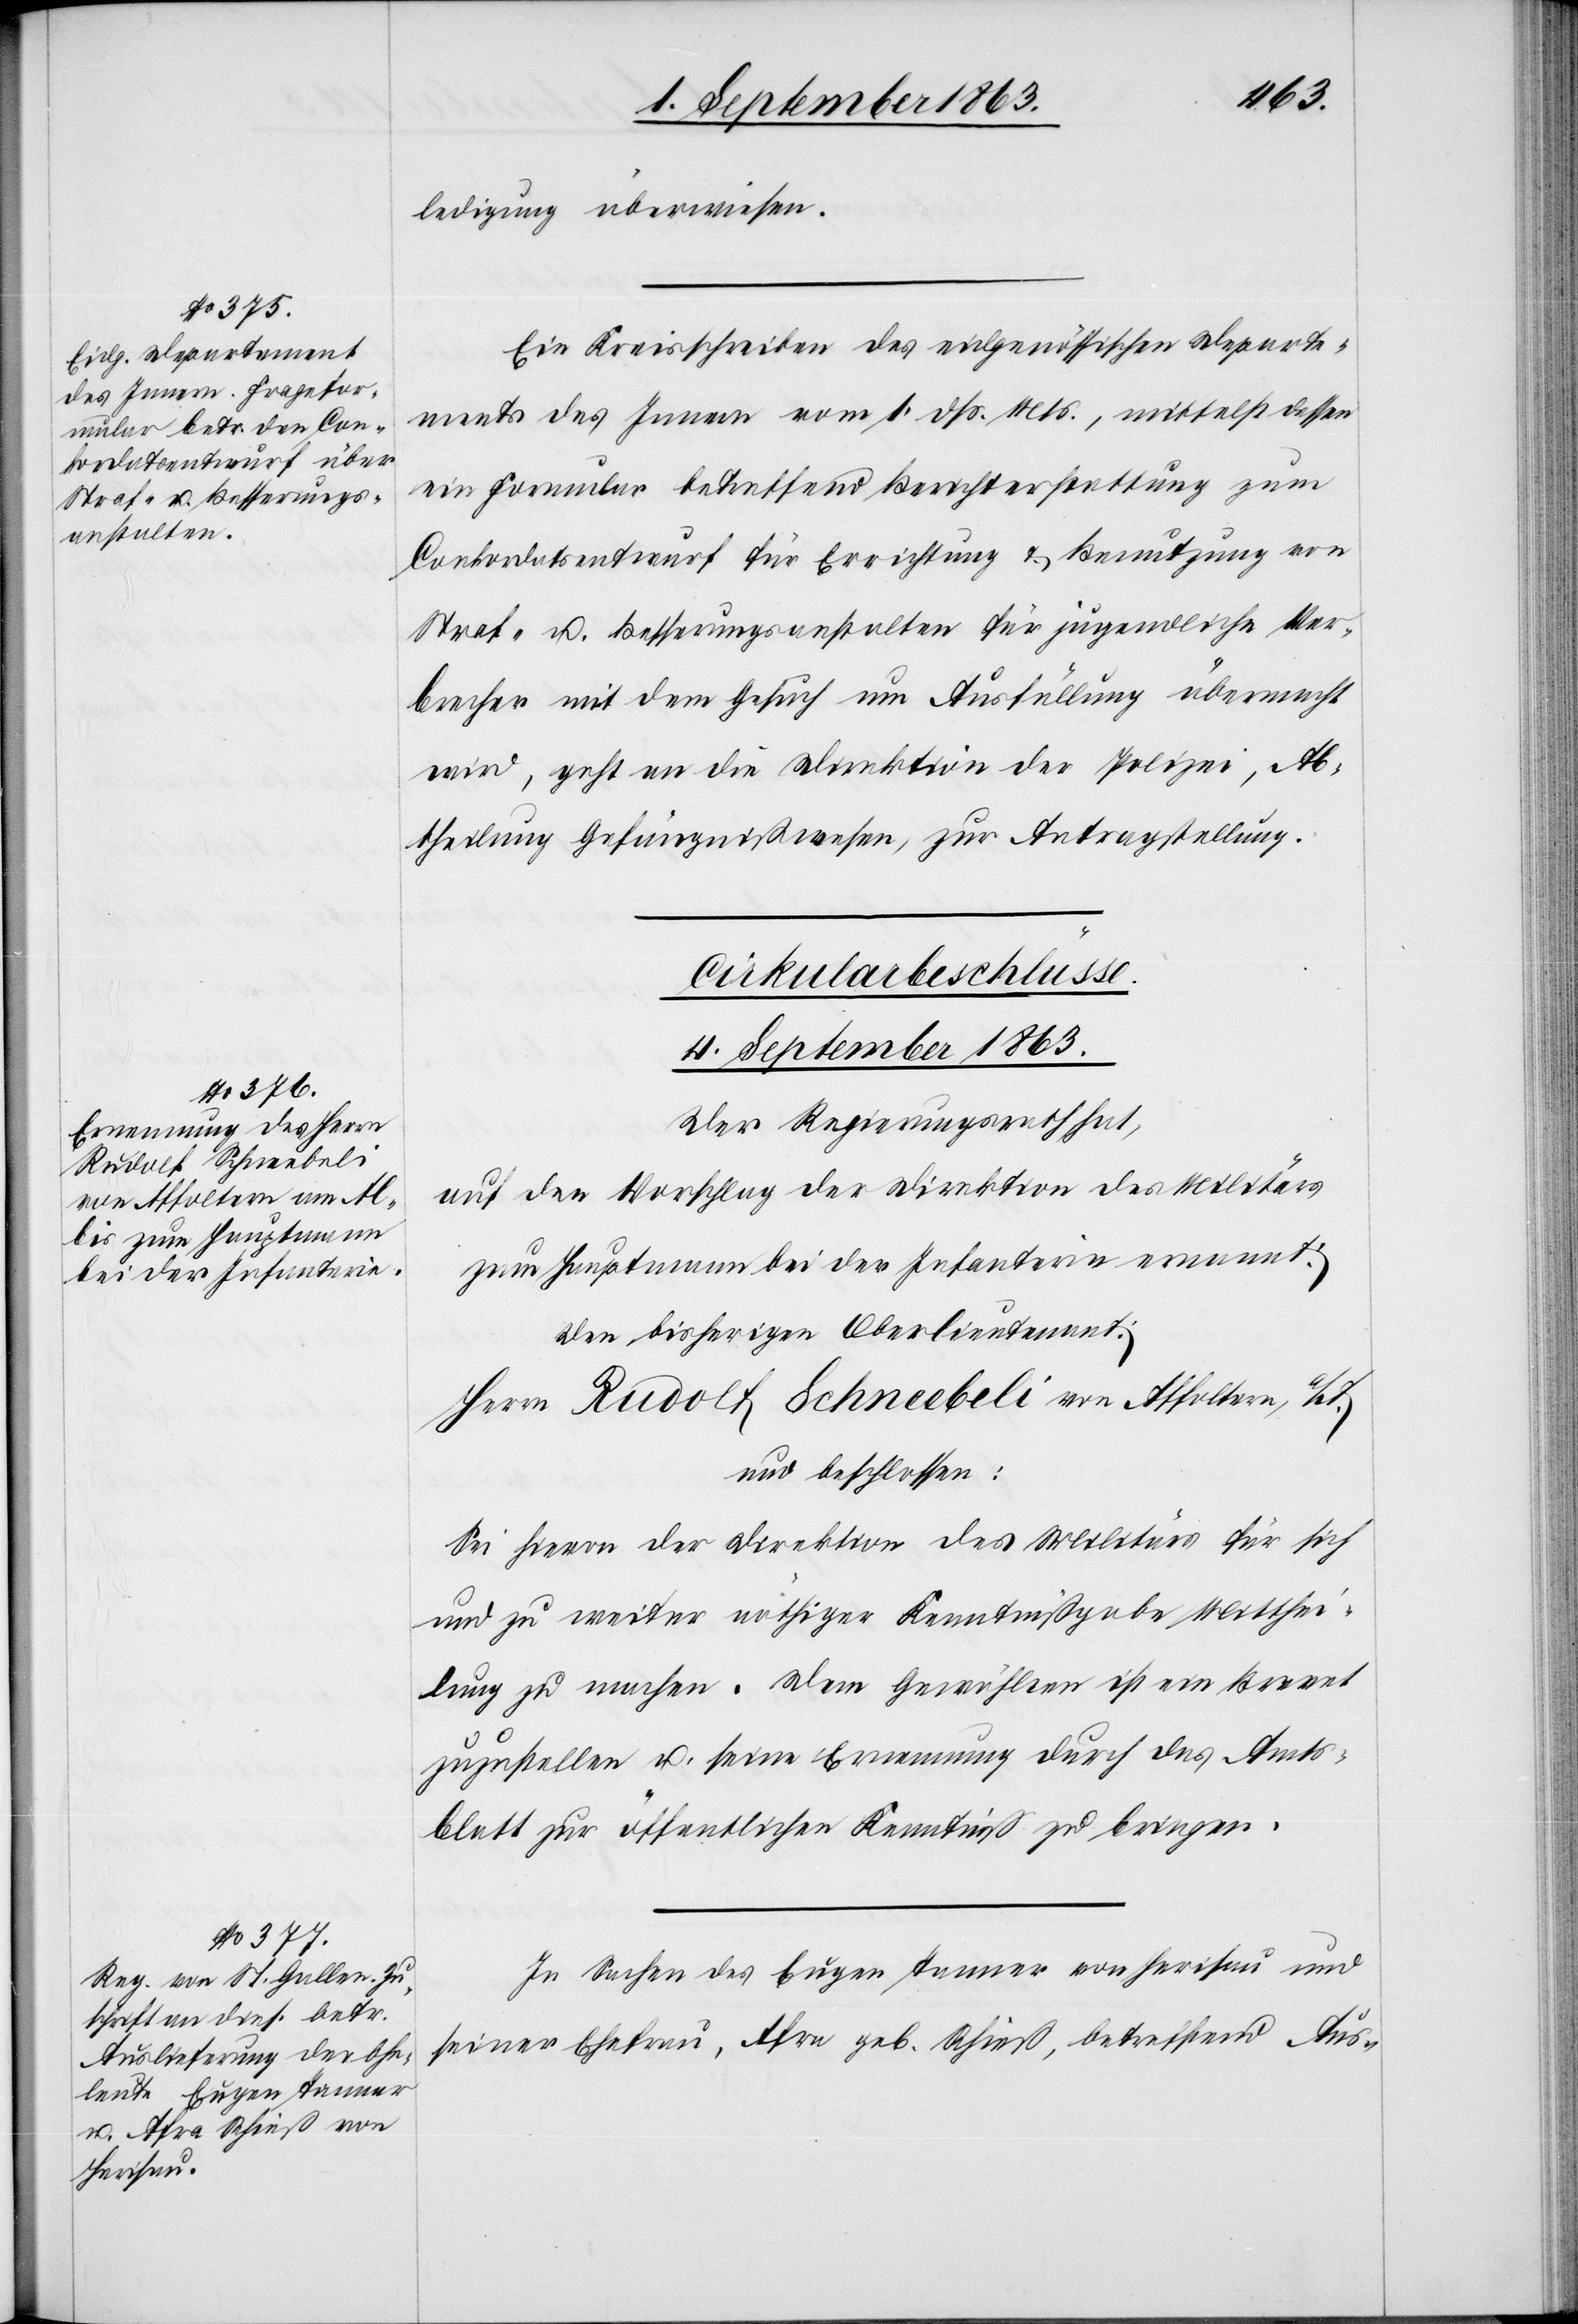
3. September 1863.]
ledigung überwiesen.
Ein Kreisschreiben des eidgenössischen Departe¬
ments des Innern vom 1. dß. Mts., mittelst dessen
ein Formular betreffend Berichterstattung zum
Conkordatsentwurf für Errichtung & Benutzung von
Straf- u. Besserungsanstalten für jugendliche Ver¬
brecher mit dem Gesuch um Ausfüllung übermacht
wird, geht an die Direktion der Polizei, Ab¬
theilung Gefängnißwesen, zur Antragstellung.
[Cirkularbeschlüsse.
4. September 1863.]
Der Regierungsrath hat,
auf den Vorschlag der Direktion des Militärs
zum Hauptmann bei der Infanterie ernannt:
den bisherigen Oberstlieutenant:
Herrn Rudolf Schneebeli von Affoltern, Lt.
und beschlossen:
Sei hievon der Direktion des Militärs für sich
und zu weiter nöthiger Kenntnißgabe Mitthei¬
lung zu machen. Dem Gewählten ist ein Brevet
zuzustellen u. seine Ernennung durch das Amts¬
blatt zur öffentlichen Kenntniß zu bringen.
In Sachen des Eugen Tanner von Herisau und
seiner Ehefrau, Afra geb. Schieß, betreffend Aus-